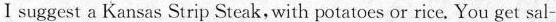
I suggest a Kansas Strip Steak,with potatoes or rice. You get sal-